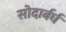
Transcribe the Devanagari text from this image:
सोदार्बर्घ